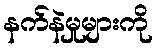
နက်နဲမှုများကို